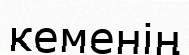
кеменің